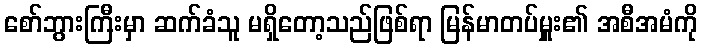
စော်ဘွားကြီးမှာ ဆက်ခံသူ မရှိတော့သည်ဖြစ်ရာ မြန်မာတပ်မှူး၏ အစီအမံကို